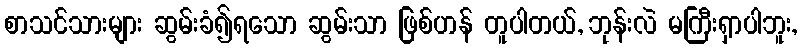
စာသင်သားများ ဆွမ်းခံ၍ရသော ဆွမ်းသာ ဖြစ်ဟန် တူပါတယ်, ဘုန်းလဲ မကြီးရှာပါဘူး,